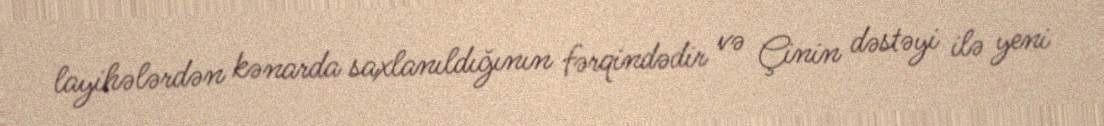
layihələrdən kənarda saxlanıldığının fərqindədir və Çinin dəstəyi ilə yeni